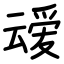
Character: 叆